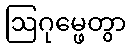
ဩဂုမ္ဖေတွာ